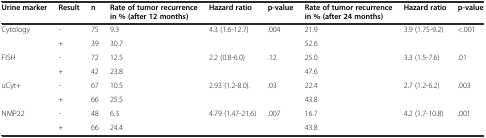
<table><thead><tr><td><b>Urine marker</b></td><td><b>Result</b></td><td><b>n</b></td><td><b>Rate of tumor recurrence in % (after 12 months)</b></td><td><b>Hazard ratio</b></td><td><b>p-value</b></td><td><b>Rate of tumor recurrence in % (after 24 months)</b></td><td><b>Hazard ratio</b></td><td><b>p-value</b></td></tr></thead><tbody><tr><td rowspan="2">Cytology</td><td>-</td><td>75</td><td>9.3</td><td rowspan="2">4.3 (1.6-12.7)</td><td rowspan="2">.004</td><td>21.9</td><td rowspan="2">3.9 (1.75-9.2)</td><td rowspan="2">&lt;.001</td></tr><tr><td>+</td><td>39</td><td>30.7</td><td>52.6</td></tr><tr><td rowspan="2">FISH</td><td>-</td><td>72</td><td>12.5</td><td rowspan="2">2.2 (0.8-6.0)</td><td rowspan="2">.12</td><td>25.0</td><td rowspan="2">3.3 (1.5-7.6)</td><td rowspan="2">.01</td></tr><tr><td>+</td><td>42</td><td>23.8</td><td>47.6</td></tr><tr><td rowspan="2">uCyt+</td><td>-</td><td>67</td><td>10.5</td><td rowspan="2">2.93 (1.2-8.0).</td><td rowspan="2">.03</td><td>22.4</td><td rowspan="2">2.7 (1.2-6.2)</td><td rowspan="2">.003</td></tr><tr><td>+</td><td>66</td><td>25.5</td><td>43.8</td></tr><tr><td rowspan="2">NMP22</td><td>-</td><td>48</td><td>6.3</td><td rowspan="2">4.79 (1.47-21.6)</td><td rowspan="2">.007</td><td>16.7</td><td rowspan="2">4.2 (1.7-10.8)</td><td rowspan="2">.001</td></tr><tr><td>+</td><td>66</td><td>24.4</td><td>43.8</td></tr></tbody></table>